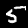
Digit: 5